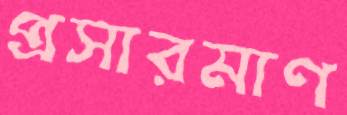
প্রসারমাণ